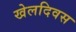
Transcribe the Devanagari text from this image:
खेलदिवस